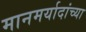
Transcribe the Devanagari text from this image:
मानमर्यादांच्या